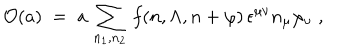
LaTeX: { \cal O } ( a ) \; = \; a \, \sum _ { n _ { 1 } , n _ { 2 } } \, f ( n , \Lambda , n + \varphi ) \, \epsilon ^ { \mu \nu } n _ { \mu } \varphi _ { \nu } \; ,